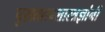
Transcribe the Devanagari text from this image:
पुरातत्त्वशास्त्रज्ञांनी